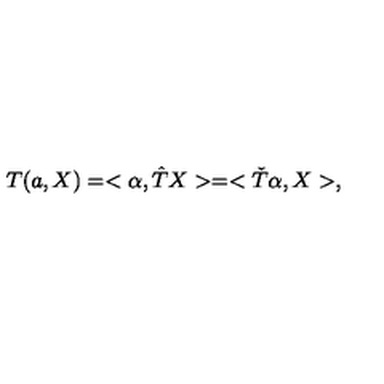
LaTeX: T ( a , X ) = < \alpha , { \hat { T } } X > = < { \check { T } } \alpha , X > ,